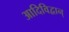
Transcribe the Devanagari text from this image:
आदिविद्वान्‌